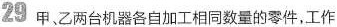
29 甲，乙两台机器各自加工相同数量的零件，工作